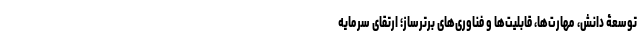
توسعۀ دانش، مهارت­ها، قابلیت‌ها و فناوری‌های برترساز؛ ارتقای سرمایه